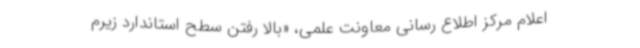
اعلام مرکز اطلاع رسانی معاونت علمی، «بالا رفتن سطح استاندارد زیرم